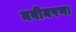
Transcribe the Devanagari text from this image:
नवीनपणा